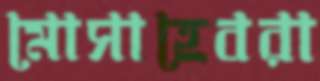
মোসাহেবরা